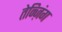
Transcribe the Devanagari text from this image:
तेन्ज़िंग